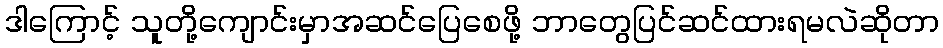
ဒါကြောင့် သူတို့ကျောင်းမှာအဆင်ပြေစေဖို့ ဘာတွေပြင်ဆင်ထားရမလဲဆိုတာ